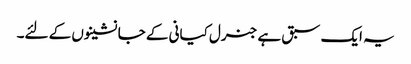
یہ ایک سبق ہے جنرل کیانی کے جانشینوں کے لئے۔